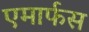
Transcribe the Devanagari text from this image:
एमार्फस